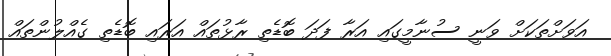
އަވަށްތަކަށް ވަނީ ސުނާމީގައި އަރާ ފަދަ ބޮޑެތި ރާޅުތައް އަރައި ބޮޑެތި ގެއްލުންތައް